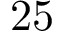
2 5